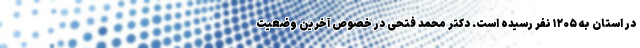
در استان به ۱۲۰۵ نفر رسیده است. دکتر محمد فتحی در خصوص آخرین وضعیت